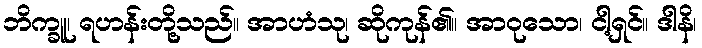
ဘိက္ခူ၊ ရဟန်းတို့သည်။ အာဟံသု၊ ဆိုကုန်၏။ အာဝုသော၊ ငါ့ရှင်။ ဒါနိ၊